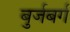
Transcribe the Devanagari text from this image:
बुर्जबर्ग